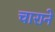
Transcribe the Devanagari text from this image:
चाराने